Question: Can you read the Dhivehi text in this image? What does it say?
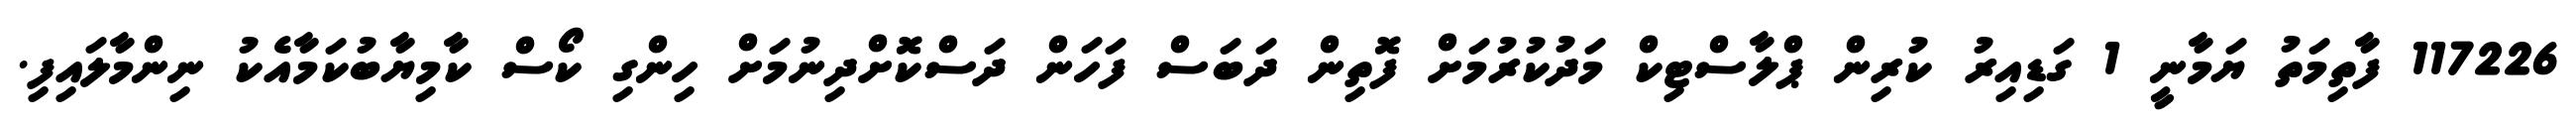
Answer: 117226 ފާތިމަތު ޔަމާނީ 1 ގަޑިއިރު ކުރިން ޕްލާސްޓިކް މަދުކުރުމަށް ފޮތިން ދަބަސް ފަހަން ދަސްކޮށްދިނުމަށް ހިންގި ކޯސް ކާމިޔާބުކަމާއެކު ނިންމާލައިފި.